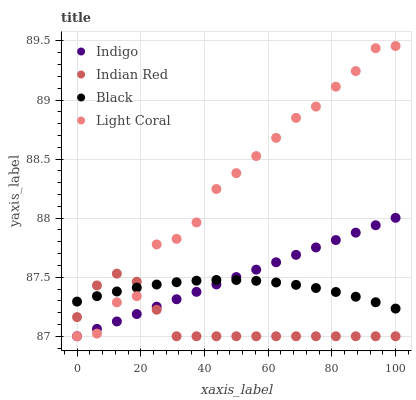
| xaxis_label | Indigo | Indian Red | Black | Light Coral |
 | --- | --- | --- | --- | --- |
 | 0 | 87 | 87.2 | 87.3 | 87 |
 | 6.25 | 87.1 | 87.4 | 87.3 | 87 |
 | 12.5 | 87.1 | 87.5 | 87.4 | 87.3 |
 | 18.8 | 87.2 | 87.5 | 87.4 | 87.3 |
 | 25 | 87.3 | 87.2 | 87.4 | 87.8 |
 | 31.2 | 87.3 | 87 | 87.5 | 87.8 |
 | 37.5 | 87.4 | 87 | 87.5 | 88 |
 | 43.8 | 87.4 | 87 | 87.5 | 88.2 |
 | 50 | 87.5 | 87 | 87.5 | 88.4 |
 | 56.2 | 87.6 | 87 | 87.5 | 88.5 |
 | 62.5 | 87.6 | 87 | 87.5 | 88.7 |
 | 68.8 | 87.7 | 87 | 87.4 | 88.8 |
 | 75 | 87.8 | 87 | 87.4 | 88.9 |
 | 81.2 | 87.8 | 87 | 87.4 | 89.1 |
 | 87.5 | 87.9 | 87 | 87.3 | 89.2 |
 | 93.8 | 87.9 | 87 | 87.3 | 89.4 |
 | 100 | 88 | 87 | 87.2 | 89.5 |